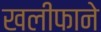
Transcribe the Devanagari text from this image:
खलीफाने